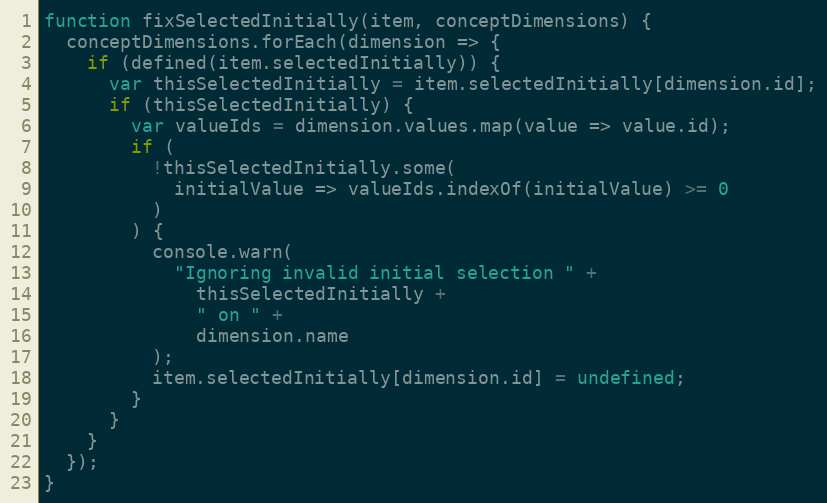
Language: JavaScript
function fixSelectedInitially(item, conceptDimensions) {
  conceptDimensions.forEach(dimension => {
    if (defined(item.selectedInitially)) {
      var thisSelectedInitially = item.selectedInitially[dimension.id];
      if (thisSelectedInitially) {
        var valueIds = dimension.values.map(value => value.id);
        if (
          !thisSelectedInitially.some(
            initialValue => valueIds.indexOf(initialValue) >= 0
          )
        ) {
          console.warn(
            "Ignoring invalid initial selection " +
              thisSelectedInitially +
              " on " +
              dimension.name
          );
          item.selectedInitially[dimension.id] = undefined;
        }
      }
    }
  });
}